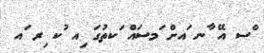
ްސ އޭ ާނ ައށް ަމސައް ަކތުގަ ިއ ުކ ިރ ައ